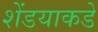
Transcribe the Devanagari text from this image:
शेंडयाकडे